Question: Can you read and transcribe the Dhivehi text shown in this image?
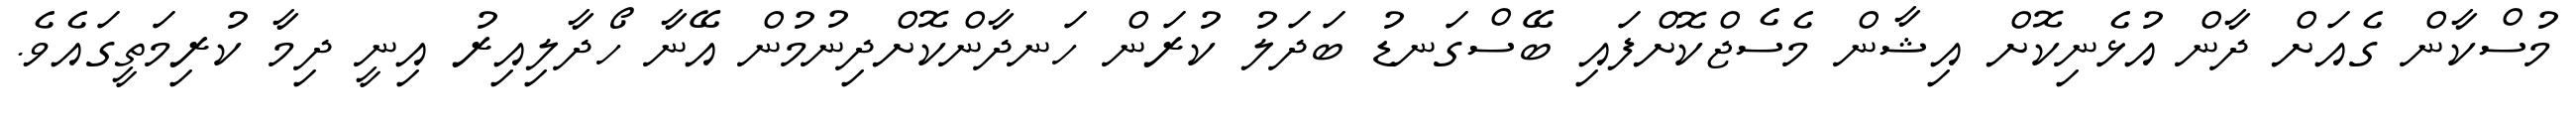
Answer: މުސްކާން ގެއަށް ދާން އުޅެނިކޮށް އިޝާން މެސެޖްކޮށްފައި ބޭސްގަނޑު ބަދަލު ކުރަން ހަނދާންކޮށްދިނުމުން އޭނާ ހޯދާލިއިރު އިނީ ދިމާ ކުރިމަތީގައެވެ.